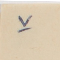
٧